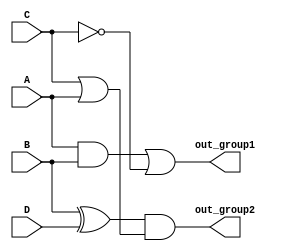
module combinational_logic_blocks (
    input wire A,
    input wire B,
    input wire C,
    input wire D,
    output wire out_group1,
    output wire out_group2
);

// Group 1: (A AND B) OR (C NOT)
wire not_C;
wire and_AB;

assign not_C = ~C;               // NOT operation on C
assign and_AB = A & B;           // AND operation on A and B
assign out_group1 = and_AB | not_C; // Output for Group 1

// Group 2: (B XOR D) AND (C OR A)
wire xor_BD;
wire or_CA;

assign xor_BD = B ^ D;           // XOR operation on B and D
assign or_CA = C | A;            // OR operation on C and A
assign out_group2 = xor_BD & or_CA; // Output for Group 2

endmodule